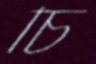
চি